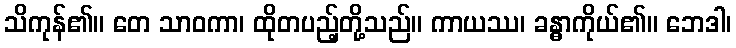
သိကုန်၏။ တေ သာဝကာ၊ ထိုတပည့်တို့သည်။ ကာယဿ၊ ခန္ဓာကိုယ်၏။ ဘေဒါ၊